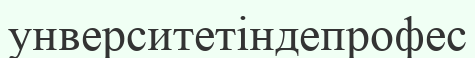
унверситетіндепрофес